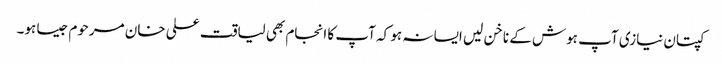
کپتان نیازی آپ ہوش کے ناخن لیں ایسا نہ ہو کہ آپ کا انجام بھی لیاقت علی خان مرحوم جیسا ہو۔